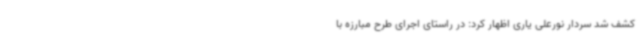
کشف شد سردار نورعلی یاری اظهار کرد: در راستای اجرای طرح مبارزه با